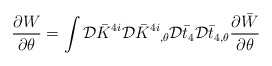
\begin{align*}{{\partial W}\over{\partial\theta}}= \int {\cal D}\bar{K}^{4i}{\cal D}\bar{K}\raisebox{0.97ex}{\mbox{\scriptsize{$4i$}}}\raisebox{-0.36ex}{\mbox{\scriptsize{$,\!\theta$}}}{\cal D}\bar{t}_{4} {\cal D}\bar{t}_{4,\theta}{{\partial\bar{W}}\over{\partial\theta}}\end{align*}